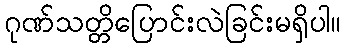
ဂုဏ်သတ္တိပြောင်းလဲခြင်းမရှိပါ။